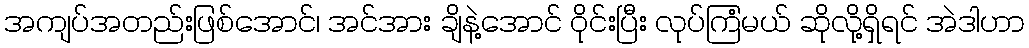
အကျပ်အတည်းဖြစ်အောင်၊ အင်အား ချိနဲ့အောင် ဝိုင်းပြီး လုပ်ကြံမယ် ဆိုလို့ရှိရင် အဲဒါဟာ